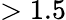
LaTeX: >1.5